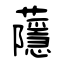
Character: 蘟